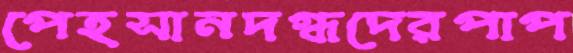
পেহসানদগ্ধদেরপাপ